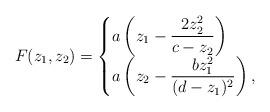
LaTeX: \begin{align*}F(z_1,z_2)=\begin{cases} a \left(z_1-\dfrac{2z_2^2}{c-z_2}\right)\\a \left(z_2-\dfrac{bz_1^2}{(d-z_1)^2}\right),\end{cases}\end{align*}